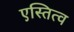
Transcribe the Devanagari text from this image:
एस्तित्व